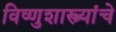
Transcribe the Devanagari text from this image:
विष्णुशास्त्र्यांचे